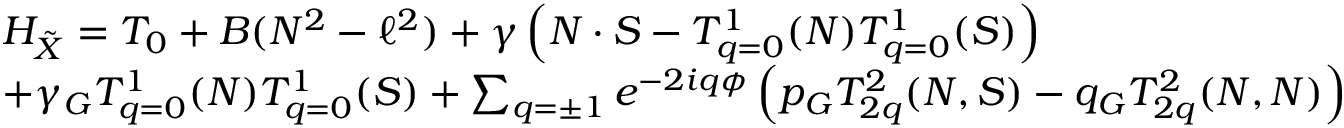
\begin{array} { r l } & { H _ { \tilde { X } } = T _ { 0 } + B ( N ^ { 2 } - \ell ^ { 2 } ) + \gamma \left( N \cdot S - T _ { q = 0 } ^ { 1 } ( N ) T _ { q = 0 } ^ { 1 } ( S ) \right) } \\ & { + \gamma _ { G } T _ { q = 0 } ^ { 1 } ( N ) T _ { q = 0 } ^ { 1 } ( S ) + \sum _ { q = \pm 1 } e ^ { - 2 i q \phi } \left( p _ { G } T _ { 2 q } ^ { 2 } ( N , S ) - q _ { G } T _ { 2 q } ^ { 2 } ( N , N ) \right) } \end{array}